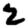
Digit: 2